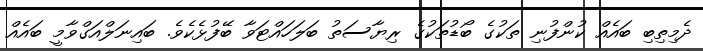
ދެމިތިބި ބައެއް ކުންފުނި ތަކުގެ ބޯޑުތަކުގެ ރިޔާސަތު ބަލަހައްޓަވާ ބޭފުޅެކެވެ. ބައިނަލްއަގްވާމީ ބައެއް